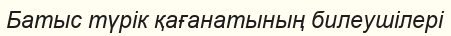
Батыс түрік қағанатының билеушілері